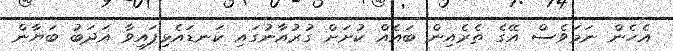
އެހެން ނަމަވެސް އޭގެ ތެރެއިން ބައެއް ކުށަށް ގުރުއާނުގައި ކަނޑައެޅިފައިވާ އަދަބު ބަޔާން